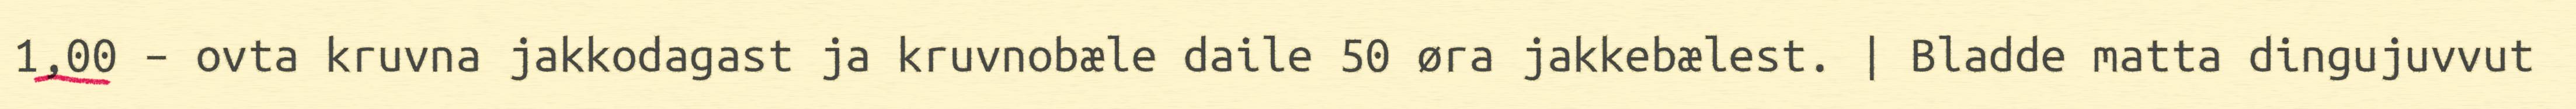
1,00 – ovta kruvna jakkodagast ja kruvnobæle daile 50 øra jakkebælest. | Bladde matta dingujuvvut